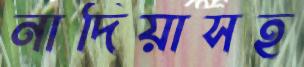
নাদিয়াসহ